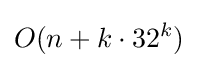
O(n+k\cdot 32^{k})